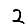
Digit: 2